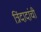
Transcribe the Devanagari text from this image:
त्रिंदादांची